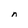
Character: n